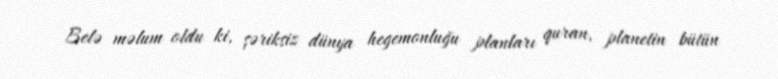
Belə məlum oldu ki, şəriksiz dünya hegemonluğu planları quran, planetin bütün